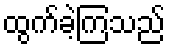
ထွက်ခဲ့ကြသည်